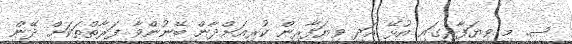
ސ. މި ވިޔަފާރީގައި އުޅޭ އަދި ވިޔަފާރިން ކުރިއަށްދާން ބޭނުންވާ ފަރާތްތަކަށް ދޭން